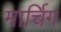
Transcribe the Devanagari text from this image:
मार्चिग